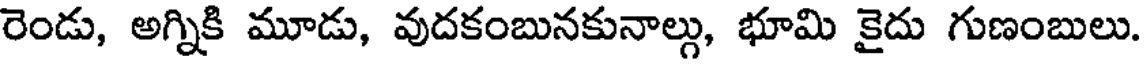
రెండు, అగ్నికి మూడు, వుదకంబునకునాల్లు, భూమి కైదు గుణంబులు.